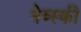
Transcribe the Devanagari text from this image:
नेव्स्की